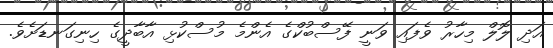
އަދި ލޮލް މިހާރު ވެފައި ވަނީ ފޭސްބުކްގެ އެންމެ މުސްކުޅި އާބާދީގެ ހިނިގަނޑަށެވެ.